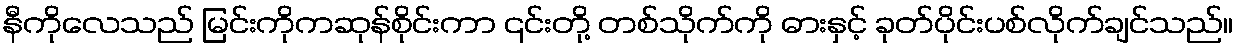
နီကိုလေသည် မြင်းကိုကဆုန်စိုင်းကာ ၎င်းတို့ တစ်သိုက်ကို ဓားနှင့် ခုတ်ပိုင်းပစ်လိုက်ချင်သည်။